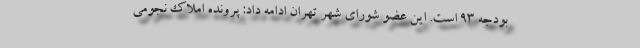
بودجه ۹۳ است. این عضو شورای شهر تهران ادامه داد: پرونده املاک نجومی